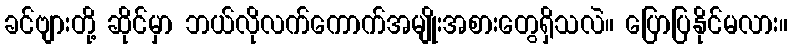
ခင်ဗျားတို့ ဆိုင်မှာ ဘယ်လိုလက်ကောက်အမျိုးအစားတွေရှိသလဲ။ ပြောပြနိုင်မလား။